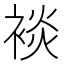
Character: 裧